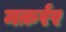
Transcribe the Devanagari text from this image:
मक़र्रर